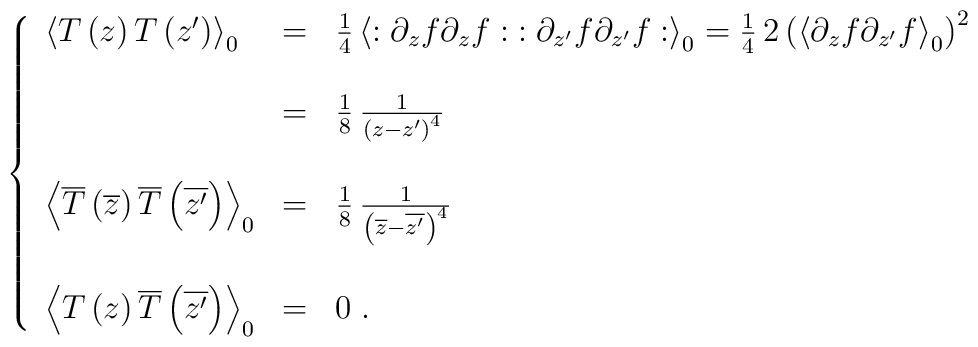
\left\{\begin{array}{lcl}{\left<T\left(z\right)T\left(z'\right)\right>}_0&=&{1\over4}\,{\left<:\partial_z f\partial_z f:\;:\partial_{z'} f\partial_{z'} f:\right>}_0={1\over4}\,2\,{\left({\left<\partial_z f\partial_{z'}f\right>}_0\right)}^2\\\\\ &=&{1\over8}\,{1\over{\left(z-z'\right)}^4}\\\\{\left<\overline T\left(\overline z\right)\overline T\left(\overline {z'}\right)\right>}_0&=&{1\over8}\,{1\over{\left(\overline z-\overline {z'}\right)}^4}\\\\{\left<T\left(z\right)\overline T\left(\overline {z'}\right)\right>}_0&=&0\;.\end{array}\right.